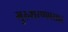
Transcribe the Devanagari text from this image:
गुरुशरणप्रसाद